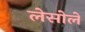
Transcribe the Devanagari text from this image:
लेसोले